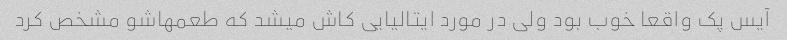
آیس پک واقعا خوب بود ولی در مورد ایتالیایی کاش میشد که طعمهاشو مشخص کرد